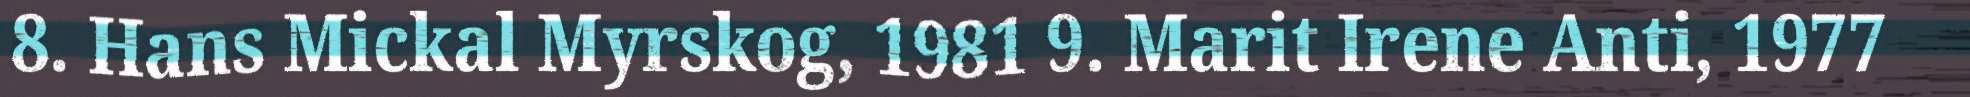
8. Hans Mickal Myrskog, 1981 9. Marit Irene Anti, 1977